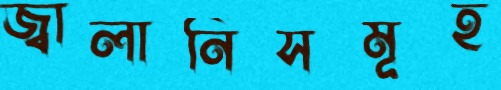
জ্বালানিসমূহ